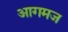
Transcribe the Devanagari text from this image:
आगमज